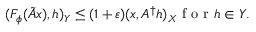
( F _ { \phi } ( \tilde { A } x ) , h ) _ { Y } \leq ( 1 + \varepsilon ) ( x , A ^ { \dagger } h ) _ { X } \mathrm { ~ f ~ o ~ r ~ } h \in Y .